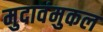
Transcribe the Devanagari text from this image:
मुदावंमुकल